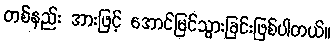
တစ်နည်း အားဖြင့် အောင်မြင်သွားခြင်းဖြစ်ပါတယ်။